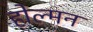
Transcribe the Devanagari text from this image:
होल्मन